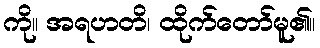
ကို။ အရဟတိ၊ ထိုက်တော်မူ၏။